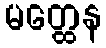
မတ္ထေန